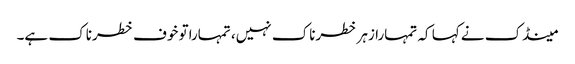
مینڈک نے کہا کہ تمہارا زہر خطرناک نہیں، تمہاراتو خوف خطرناک ہے۔